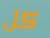
كل